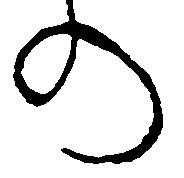
の